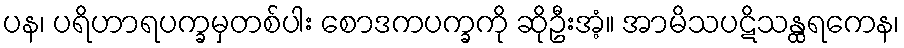
ပန၊ ပရိဟာရပက္ခမှတစ်ပါး စောဒကပက္ခကို ဆိုဦးအံ့။ အာမိသပဋိသန္ထရကေန၊